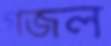
গজল